Vital statistics of India. Vol. IV, Annual returns from 1871 to 1876. British Army of India, Native Army and jails of Bengal
Year: 1871
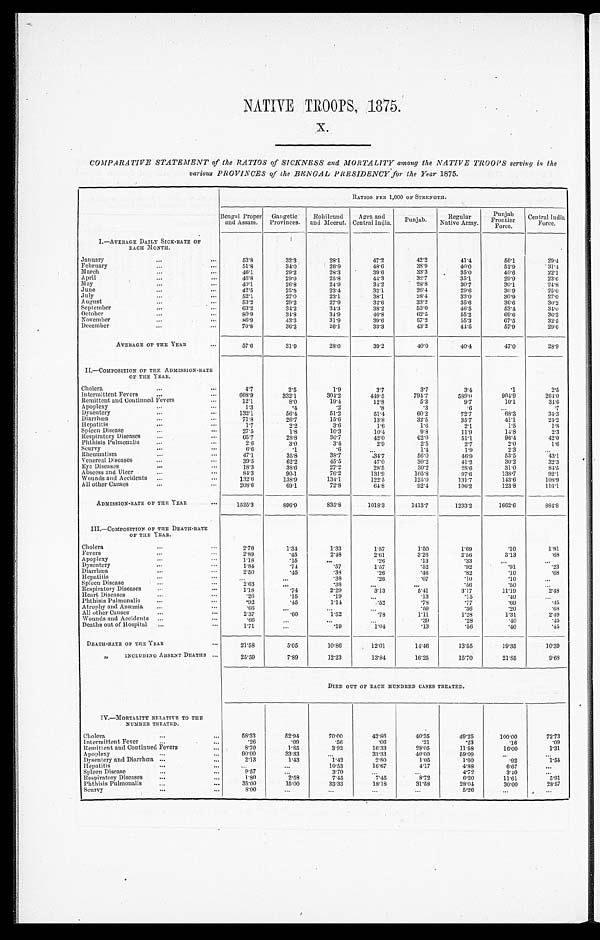
NATIVE TROOPS, 1875.
x.
COMPARATIVE STATEMENT of the RATIOS of SICKNESS and MORTALITY among the NA TIVE TROOPS serving in the
various PROVINCES of the BENGAL PRESIDENCY for the Year 1875.
RATIOS PER 1,000 OF STRENGTH.
Bengal Proper
and Assam.
Gangetic
Provinces. Rohileund
and Meerut. Agra and
Central India. Punjab .
Regular
Native Army.
Punjab Frontier
Force.
Central India
Force.
I.-AVERAGE DAILY SICK -RATE OF
EACH MONTH.
January
...
...
53. 8
32. 3
28. 1
47. 2
42.2
41. 4
56. 1
2 9 . 4
February
...
...
51. 8
34. 0
26. 9
38.9
40. 0
52. 9
31. 4
March
..
...
4 6 . 1
29. 2
28. 3
39. 6
33.3
35. 0
40. 6
2 2 . 1
April
...
...
46. 8
29. 0
25. 8
44. 3
32.7
35. 1
29. 9
23. 6
May
...
...
4 0 . 1
26. 8
24. 9
34. 2
28.8
30. 7
30. 1
24. 8
June
...
...
42. 5
25. 5
23. 4
32. 1
26.4
29. 6
30. 9
25.
July
...
...
52. 1
27. 0
23. 1
38. 1
28.4
33. 0
30. 9
2 7 . 0
August
...
...
53. 2
29. 2
27. 9
32. 6
33.2
35. 6
36. 6
30.2
September
...
...
63. 2
34. 2
34. 3
38.2
50.0
46. 5
53. 4
34. 0
October
...
...
80. 9
34. 8
34. 9
40. 8
62.5
55. 2
69. 6
3 6 . 3
November
...
...
86. 9
43. 3
31. 9
39. 6
57.2
55. 3
67. 5
3 2 . 5
December
...
...
7 0 . 8
36. 2
26. 1
33. 3
43.2
44. 5
57. 9
2 9 . 6
AVERAGE OF THE YEAR
...
5 7 . 6
31. 9
28. 0
39. 2
40.0
40. 4
47. 0
2 8 . 9
II.—COMPOSION OF THE ADMISSION-RATE
OF THE YEAR.
Cholera
...
...
4. 7
2. 5
1 . 9
3.7
3. 7
3.4
. 1
2 . 5
Intermittent Fevers
...
...
668. 9
332. 1
304. 2
449. 5
794.7
589. 0
904. 9
264. 0
Remittent and Continued Fevers
...
1 2 . 1
8. 0
19. 4
12. 8
5. 3
9. 7
10. 1
3 4 . 6
Apoplexy
...
...
1. 3
. 4
. 2
. 8
. 3
. 6
. . .
. 7
Dysentery
...
...
132. 1
56. 4
51. 2
51. 4
60.2
72. 7
68. 3
3 4 . 3
Dirrahœa
...
...
71. 8
26. 7
15. 6
13. 8
32.5
35. 7
41. 1
2 4 . 2
Hepatitis
...
...
1. 7
2. 2
3 . 6
1 . 6
1. 6
2 . 1
1. 5
1 . 8
Spleen Disease
...
...
27. 5
1. 8
103
104
9. 8
11. 9
14. 8
2 . 3
Respiratory Diseases ...
...
65. 7
28. 8
30. 7
42. 0
6 2 . 0
51. 1
96. 4
4 2 . 0
Phthisis Pulmonalis ...
...
2. 6
3. 0
3 . 4
2 . 9
2. 5
2. 7
2. 0
1 . 6
Scurvy
...
...
0. 6
. 1
. 6
. . .
1 . 4
1 . 9
2. 3
. . .
Rheumatism
...
...
47. 1
35. 8
38. 7
34. 7
56.0
46. 9
53. 5
4 3 . 1
Venereal Diseases
...
...
39. 5
62. 2
45. 5
47. 0
30.2
41. 2
30. 2
3 2 . 3
Eye Diseases
...
...
18. 3
38. 6
27. 2
28. 5
30. 2
28. 6
31. 0
8 4 . 5
Abscess and Ulcer
...
...
84. 3
90. 1
76. 2
131. 9
105.8
9 7 . 6
138. 7
921
Wounds and Accidents ...
...
132. 6
138. 9
134. 1
122. 5
125.0
131. 7
143. 6
108. 9
All other Causes
...
...
208. 6
69. 1
72. 8
6 4 . 8
92.4
106. 2
123. 8
116. 1
ADMISSION-RATE OF THE YEAR
...
1525.3
896. 9
835. 8
1018. 3
1413.7
1233. 2
1662. 6
884. 8
III.-COMPOSITION OF THE DEATH-RATE
OF TEE YEAR.
Cholera
. . .
...
2. 76
1.34
1 . 3 3
1. 57
1.50
1. 69
. 1 0
1 . 8 1
Fevers
...
...
2. 89
. 4 5
2. 48
2. 61
3.26
2. 56
3. 13
. 6 8
Apoplexy
...
...
. . .
. 1 5
...
. 2 6
. 1 3
. 3
. . .
. . .
Dysentery
...
...
1. 84
. 7 4
. 5 7
1 . 5 7
. 5 2
. 9 2
. 9 1
. 2 3
Diarrhœa
..
...
2. 50
. 4 5
. 3 3
. 2 6
. 4 6
. 8 2
. 1 0
. 6 8
Hepatitis
...
....
. . .
...
. 3 8
. 2 6
. 0 7
. 1 0
. 1 0
. . .
Spleen Disease
...
...
2. 63
. . . .38
...
...
Respiratory Diseases ...
...
1. 18
. 7 4
2. 29
3. 13
5. 41
3. 17
11. 19
2 . 4 8
Heart Diseases
.. .
...
. 2 6
. 1 5
. 1 9
. . .
. 1 3
. 1 5
. 4 0
Phthisis Pulmonalis ...
...
. 9 2
. 4 5
1.14
. 5 2
. 7 8
. 7 7
. 6 0
. 4 5
Atrophy and Anæmia ...
...
. 6 6
. . .
. . .
. . .
.59
. 3 6
. 2 0
. 6 8
All other causes
...
...
2. 37
. 6 0
1. 52
. 7 8
1. 11
1. 28
1. 31
2 . 4 9
Wounds and Accidents ...
...
. 6 6
. . .
. . .
. . .
. 3 9
. 2 8
. 4 0
. 4 5
Deaths out of Hospital ...
...
1 . 7 1
. . .
. 1 9
1. 04
. 1 3
. 5 6
. 4 0
. 4 5
DEATH-RATE OF THE YEAR
...
21. 58
5. 05
10. 86
12. 01
14.46
13. 55
19. 35
10. 39
INCLUDING ABSENT DEATHS ...
25. 59
7. 89
12. 23
13. 84
16.25
15. 70
21. 85
9 . 6 8
IV.-MORTALITY RELATIVER TO THE
NUMBER TREATED.
Cholera
...
...
DIED OUT OF EACH HUNDRED CASES TREATED.
58. 33
52. 94
70.00
42.86
40.35
49. 25
100. 00
72. 73
Intermittent Fever
...
...
. 2 6
. 2 9
. 5 6
. 0 6
. 2 1
. 2 3
. 1 6
. 0 9
Remittent and Continued Fevers
...
8. 70
1. 85
3.92
16.33
28.05
11. 58
16. 00
1 . 3 1
Apoplexy
...
...
90. 00
33. 33
. . .
33.33
40.00
59. 09
...
. . .
Dysentery and Diarrhœa ...
...
2. 13
1. 43
1.42
2.80
1. 05
1. 60
. 9 2
1 . 5 4
Hepatitis
...
...
...
...
10.53
16.67
4.17
4. 88
6. 67
...
Spleen Disease
...
...
9 . 5 7
. . .
3.70
...
...
4. 72
3. 40
. . .
Respiratory Diseases ...
...
1. 80
2. 58
7.45
7.45
8.72
6. 20
11. 61
5 . 9 1
Phthisis Pulmonalis
...
...
35. 00
15. 00
33.33
18.18
31.58
28. 04
30. 00
28. 57
Scurvy
...
...
8. 00
. . . ...
...
...
5. 26
...
...